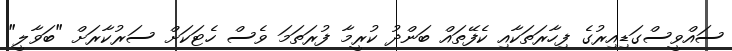
ސައްވީސްގަޑިއިރުގެ ފިހާރަތަކާއި ކެފޭތައް ބަންދު ކުރީމާ ފުރަތަމަ ވެސް ހެޓަކަށް ސަރުކާރަށް "ބަވާލީ"